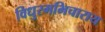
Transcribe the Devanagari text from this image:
विधुरमभिचाराय